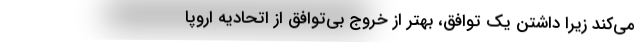
می‌کند زیرا داشتن یک توافق، بهتر از خروج بی‌توافق از اتحادیه اروپا